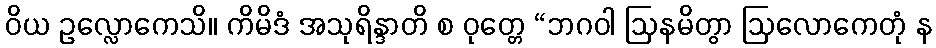
ဝိယ ဥလ္လောကေသိ။ ကိမိဒံ အသုရိန္ဒာတိ စ ဝုတ္တေ “ဘဂဝါ ဩနမိတွာ ဩလောကေတုံ န